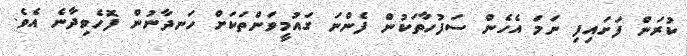
ކުރަން ފަށައިފި ނަމަ އެހެން ސަފުހާތަކުން ފެންނަ ގައުމީވަންތަކަށް ހަނދާނުން ފޮހެވިދާނެ އެވެ.